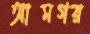
আমগর